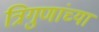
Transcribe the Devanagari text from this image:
त्रिगुणांच्या